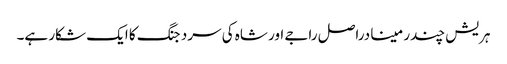
ہریش چندر مینا دراصل راجے اور شاہ کی سرد جنگ کا ایک شکار ہے۔